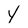
Character: y